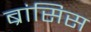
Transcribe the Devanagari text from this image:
ब्रांसिस